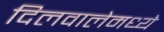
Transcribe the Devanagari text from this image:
दिलवालेमध्ये